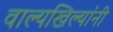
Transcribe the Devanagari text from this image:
वाल्यखिल्यांनी